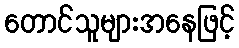
တောင်သူများအနေဖြင့်